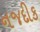
નજદીક